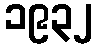
၁၉၃၂